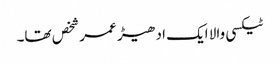
ٹیکسی والا ایک ادھیڑ عمر شخص تھا۔